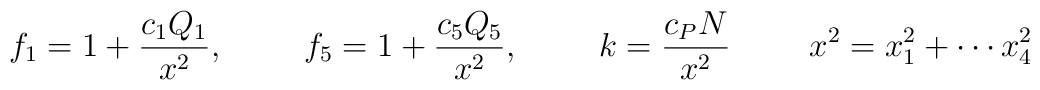
f_1=1+\frac{c_1Q_1}{x^2}, \hspace{1cm} f_5=1+\frac{c_5Q_5}{x^2}, \hspace{1cm}  k=\frac{c_PN}{x^2} \hspace{1cm} x^2=x_1^2+\cdots x_4^2